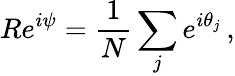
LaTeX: Re^{i\psi}=\frac{1}{N}\sum_{j}e^{i\theta_{j}}\, ,